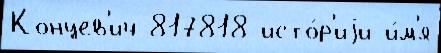
Концев'ич 817818 исто́р'иjи и́м'я